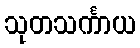
သုတသင်္ကာယ